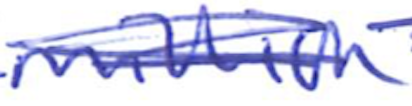
Text: million
Cross-out: scratch
Writing tool: ballpoint